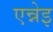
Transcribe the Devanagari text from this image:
एन्नेइ